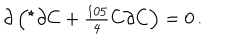
\partial \left( { } ^ { \star } \partial C + { \textstyle \frac { 1 0 5 } { 4 } } C \partial C \right) = 0 \, .